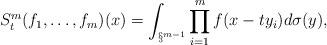
LaTeX: \begin{align*}S^m_t(f_1,\dots,f_m)(x) = \int_{\S^{m-1}} \prod_{i=1}^m f(x-ty_i) d\sigma(y),\end{align*}